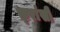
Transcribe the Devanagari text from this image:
फ़्रांसी